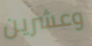
وعشرين